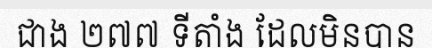
ជាង ២៧៧ ទីតាំង ដែលមិនបាន